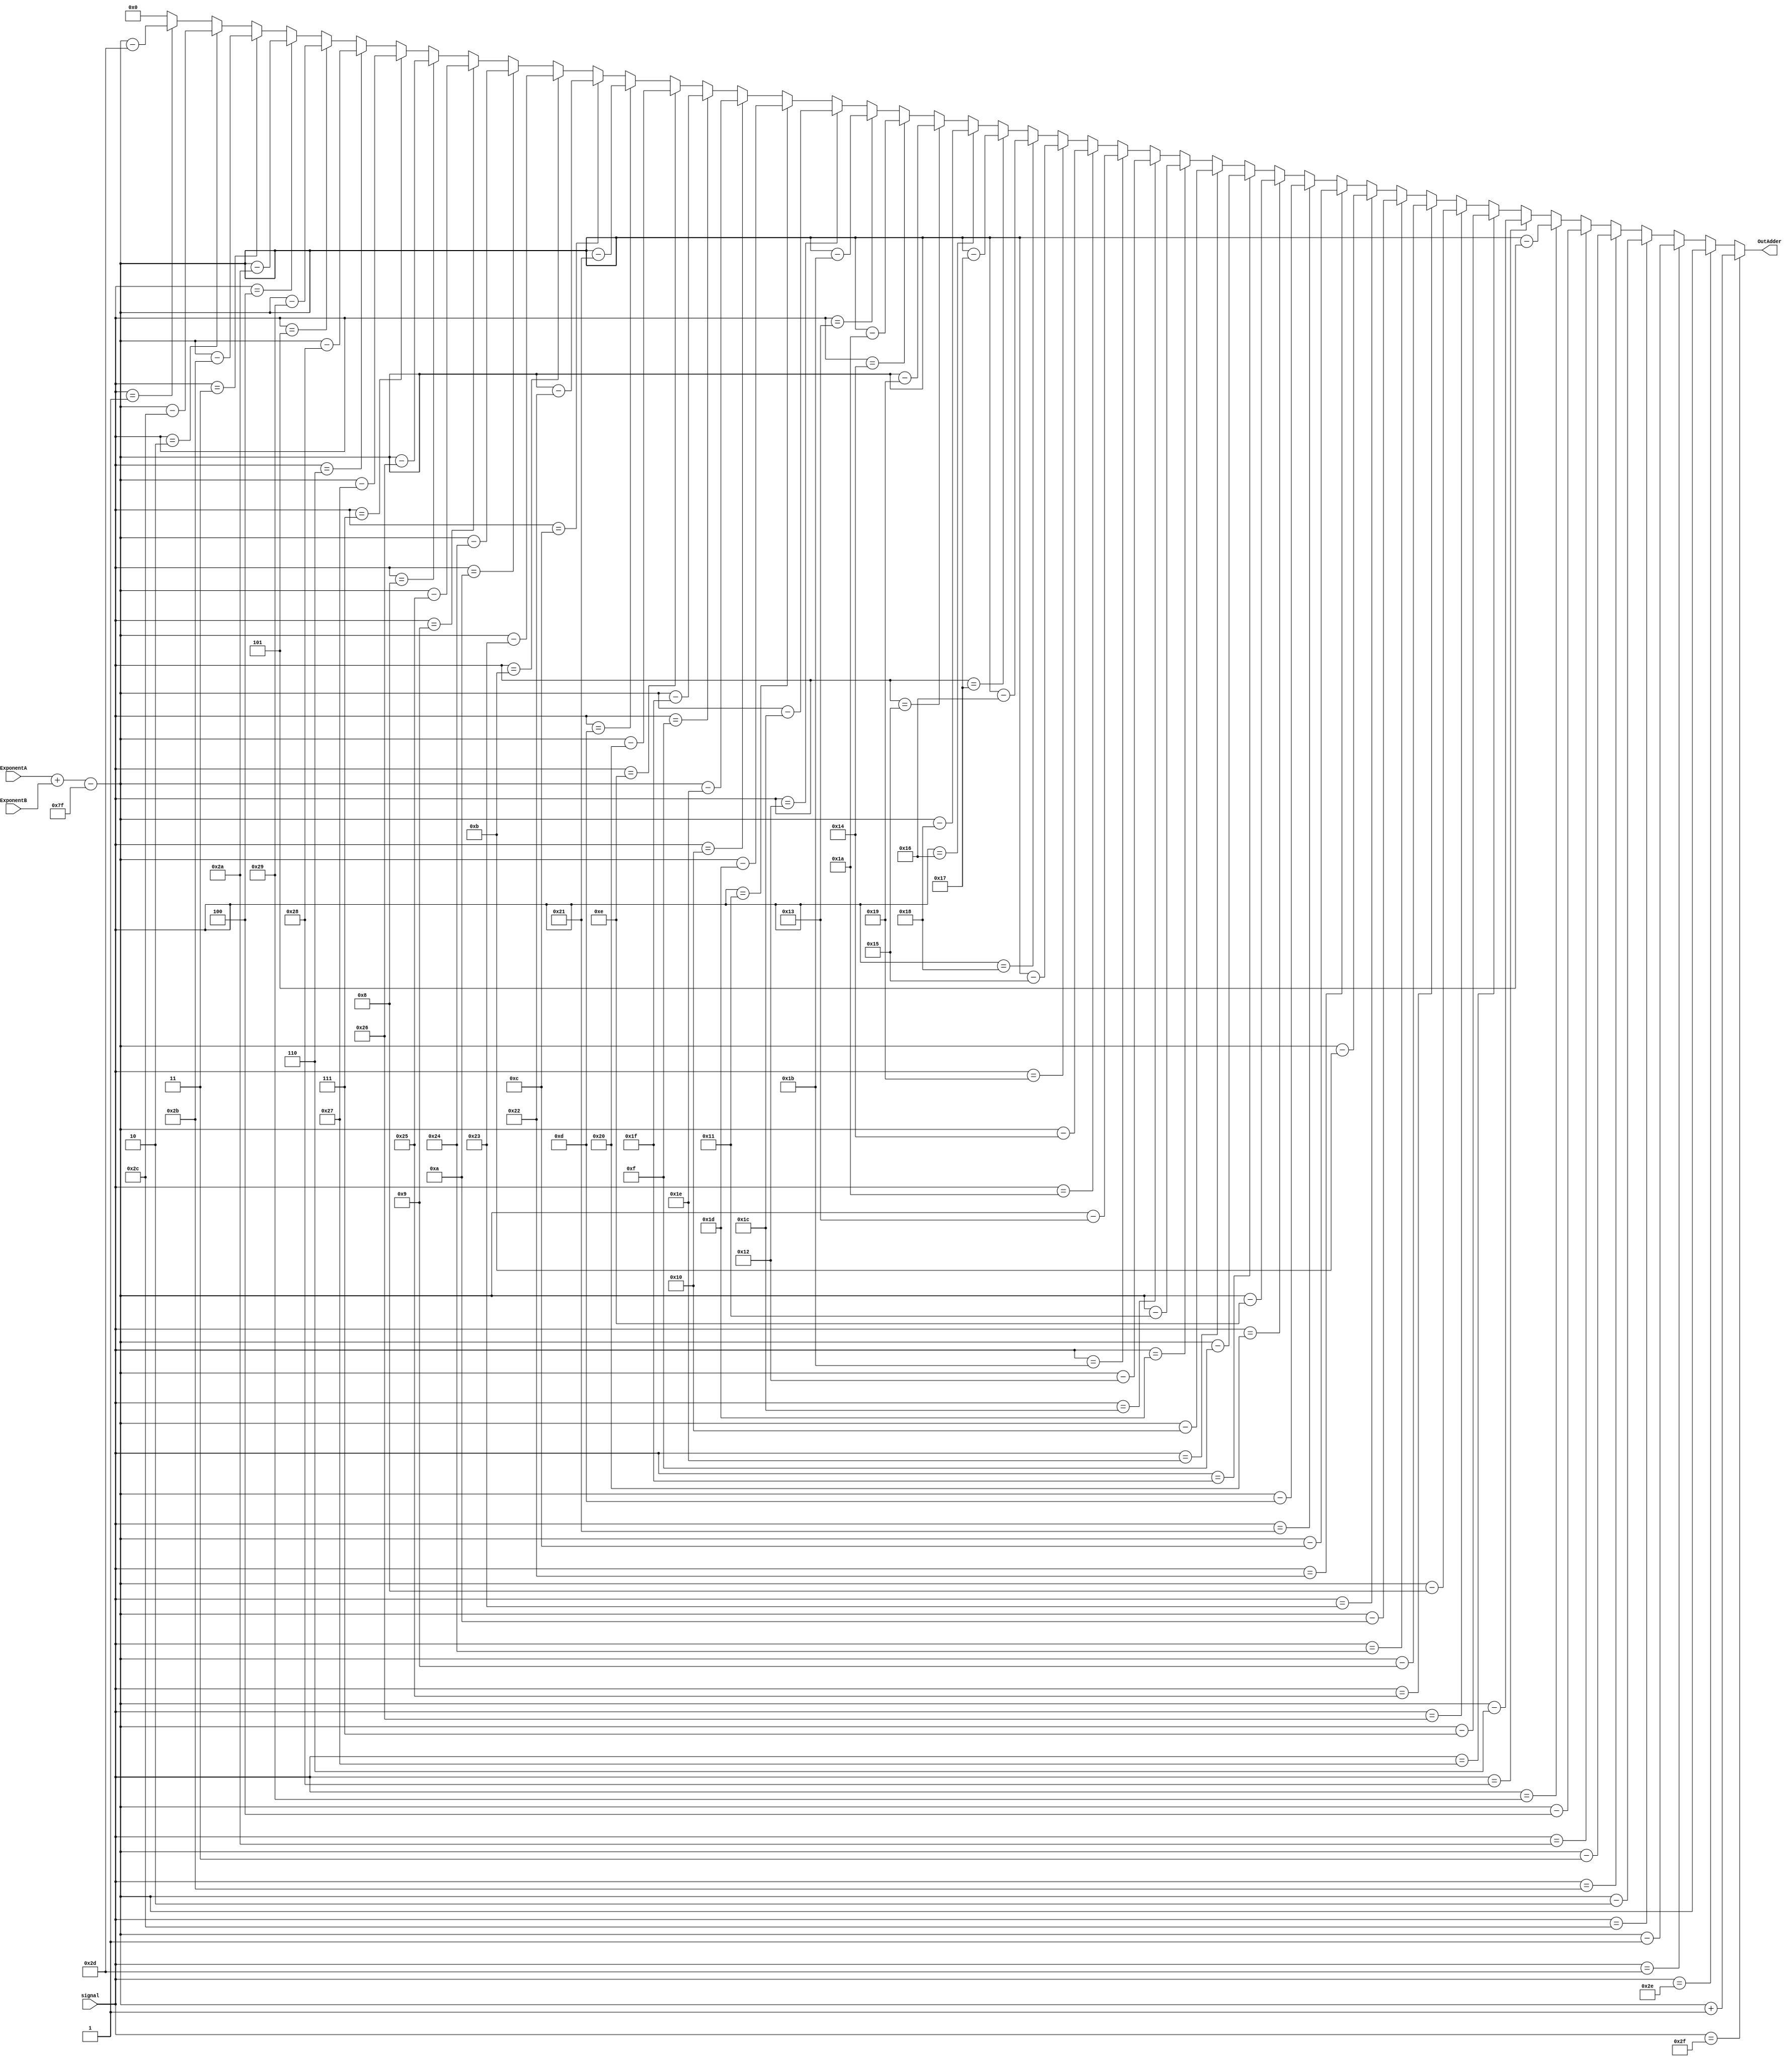
module adder8bit (ExponentA,ExponentB,OutAdder,signal);
input [7:0] ExponentA,ExponentB;
input [5:0]signal;
output reg [7:0]OutAdder;
always @(*) begin
if (signal==6'd47)
    OutAdder= (ExponentA+ExponentB) - 8'd127 + 8'd1 ; 
else if (signal == 6'd46)
    OutAdder= (ExponentA+ExponentB) - 8'd127;
else if (signal == 6'd45)
    OutAdder= (ExponentA+ExponentB) - 8'd127 - 8'd1;
else if (signal == 6'd44)
    OutAdder= (ExponentA+ExponentB) - 8'd127 - 8'd2;
else if (signal == 6'd43)
    OutAdder= (ExponentA+ExponentB) - 8'd127 - 8'd3;
else if (signal == 6'd42)
    OutAdder= (ExponentA+ExponentB) - 8'd127 - 8'd4;
else if (signal == 6'd41)
    OutAdder= (ExponentA+ExponentB) - 8'd127 - 8'd5;
else if (signal == 6'd40)
    OutAdder= (ExponentA+ExponentB) - 8'd127 - 8'd6;
else if (signal == 6'd39)
    OutAdder= (ExponentA+ExponentB) - 8'd127 - 8'd7;
else if (signal == 6'd38)
    OutAdder= (ExponentA+ExponentB) - 8'd127 - 8'd8;
else if (signal == 6'd37)
    OutAdder= (ExponentA+ExponentB) - 8'd127 - 8'd9;
else if (signal == 6'd36)
    OutAdder= (ExponentA+ExponentB) - 8'd127 - 8'd10;
else if (signal == 6'd35)
    OutAdder= (ExponentA+ExponentB) - 8'd127 - 8'd11;
else if (signal == 6'd34)
    OutAdder= (ExponentA+ExponentB) - 8'd127 - 8'd12;
else if (signal == 6'd33)
    OutAdder= (ExponentA+ExponentB) - 8'd127 - 8'd13;
else if (signal == 6'd32)
    OutAdder= (ExponentA+ExponentB) - 8'd127 - 8'd14;
else if (signal == 6'd31)
    OutAdder= (ExponentA+ExponentB) - 8'd127 - 8'd15;
else if (signal == 6'd30)
    OutAdder= (ExponentA+ExponentB) - 8'd127 - 8'd16;
else if (signal == 6'd29)
    OutAdder= (ExponentA+ExponentB) - 8'd127 - 8'd17;
else if (signal == 6'd28)
    OutAdder= (ExponentA+ExponentB) - 8'd127 - 8'd18;
else if (signal == 6'd27)
    OutAdder= (ExponentA+ExponentB) - 8'd127 - 8'd19;
else if (signal == 6'd26)
    OutAdder= (ExponentA+ExponentB) - 8'd127 - 8'd20;
else if (signal == 6'd25)
    OutAdder= (ExponentA+ExponentB) - 8'd127 - 8'd21;
else if (signal == 6'd24)
    OutAdder= (ExponentA+ExponentB) - 8'd127 - 8'd22;
else if (signal == 6'd23)
    OutAdder= (ExponentA+ExponentB) - 8'd127 - 8'd23;
else if (signal == 6'd22)
    OutAdder= (ExponentA+ExponentB) - 8'd127 - 8'd24;
else if (signal == 6'd21)
    OutAdder= (ExponentA+ExponentB) - 8'd127 - 8'd25;
else if (signal == 6'd20)
    OutAdder= (ExponentA+ExponentB) - 8'd127 - 8'd26;
else if (signal == 6'd19)
    OutAdder= (ExponentA+ExponentB) - 8'd127 - 8'd27;
else if (signal == 6'd18)
    OutAdder= (ExponentA+ExponentB) - 8'd127 - 8'd28;
else if (signal == 6'd17)
    OutAdder= (ExponentA+ExponentB) - 8'd127 - 8'd29;
else if (signal == 6'd16)
    OutAdder= (ExponentA+ExponentB) - 8'd127 - 8'd30;
else if (signal == 6'd15)
    OutAdder= (ExponentA+ExponentB) - 8'd127 - 8'd31;
else if (signal == 6'd14)
    OutAdder= (ExponentA+ExponentB) - 8'd127 - 8'd32;
else if (signal == 6'd13)
    OutAdder= (ExponentA+ExponentB) - 8'd127 - 8'd33;
else if (signal == 6'd12)
    OutAdder= (ExponentA+ExponentB) - 8'd127 - 8'd34;
else if (signal == 6'd11)
    OutAdder= (ExponentA+ExponentB) - 8'd127 - 8'd35;
else if (signal == 6'd10)
    OutAdder= (ExponentA+ExponentB) - 8'd127 - 8'd36;
else if (signal == 6'd9)
    OutAdder= (ExponentA+ExponentB) - 8'd127 - 8'd37;
else if (signal == 6'd8)
    OutAdder= (ExponentA+ExponentB) - 8'd127 - 8'd38;
else if (signal == 6'd7)
    OutAdder= (ExponentA+ExponentB) - 8'd127 - 8'd39;
else if (signal == 6'd6)
    OutAdder= (ExponentA+ExponentB) - 8'd127 - 8'd40;
else if (signal == 6'd5)
    OutAdder= (ExponentA+ExponentB) - 8'd127 - 8'd41;
else if (signal == 6'd4)
    OutAdder= (ExponentA+ExponentB) - 8'd127 - 8'd42;
else if (signal == 6'd3)
    OutAdder= (ExponentA+ExponentB) - 8'd127 - 8'd43;
else if (signal == 6'd2)
    OutAdder= (ExponentA+ExponentB) - 8'd127 - 8'd44;
else if (signal == 6'd1)
    OutAdder= (ExponentA+ExponentB) - 8'd127 - 8'd45;
else 
    OutAdder=8'd0;
end
endmodule